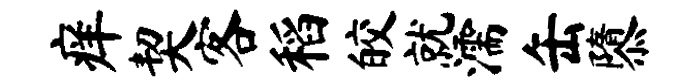
痒契客稻皎就濡缶隳